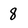
Character: 8